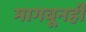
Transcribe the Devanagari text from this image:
मागवूनही